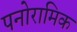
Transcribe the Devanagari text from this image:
पनोरामिक